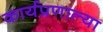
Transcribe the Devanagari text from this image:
कार्यप्रणाल्या